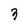
Character: 3